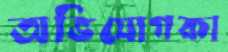
অভিযোগকা